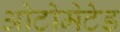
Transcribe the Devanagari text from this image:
ओटोमेटेड